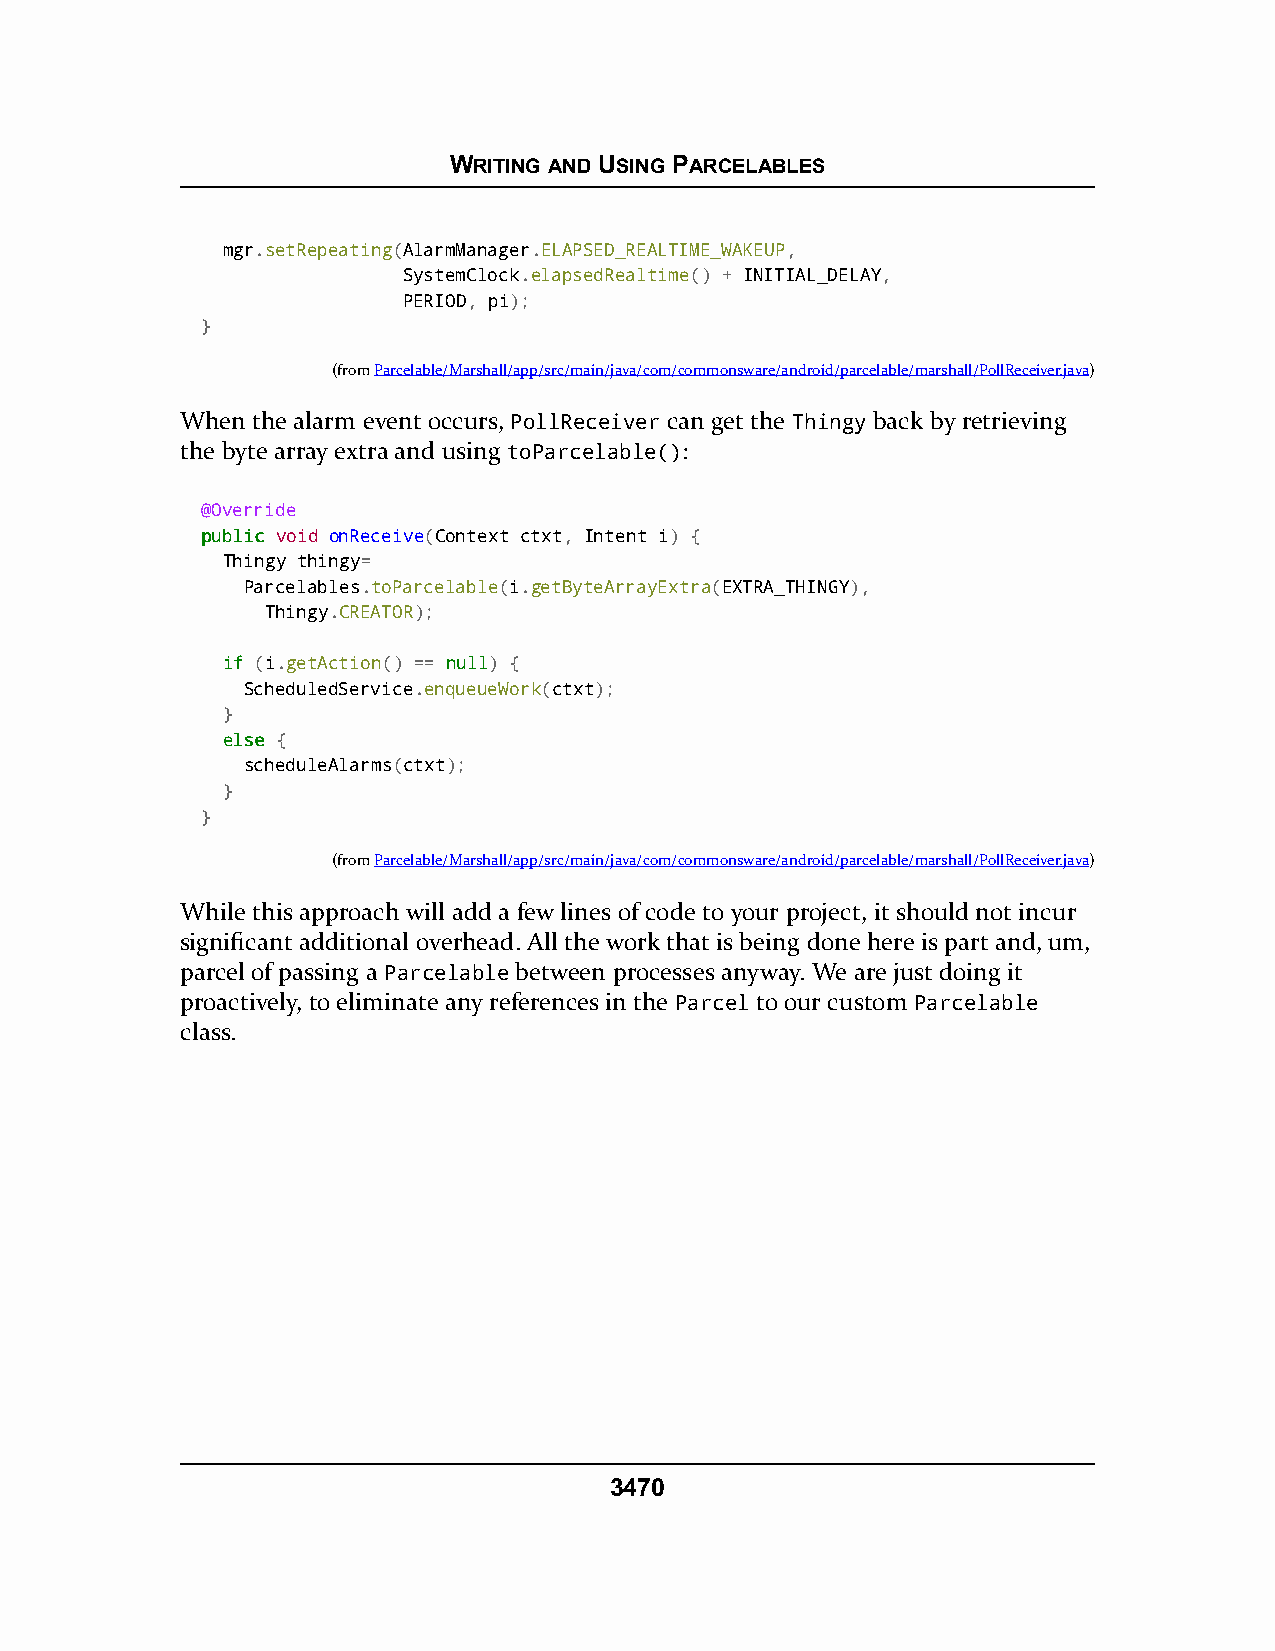
WRITING AND USING PARCELABLES
 mgr.setRepeating(AlarmManager.ELAPSED_REALTIME_WAKEUP,
 SystemClock.elapsedRealtime() + INITIAL_DELAY,
 PERIOD, pi);
 }
 (fromParcelable/Marshall/app/src/main/java/com/commonsware/android/parcelable/marshall/PollReceiver.java)
 When the alarm event occurs, PollReceiver can get the Thingy back by retrieving
 the byte array extra and using toParcelable():
 @Override
 ppuubblliicc void onReceive(Context ctxt, Intent i) {
 Thingy thingy=
 Parcelables.toParcelable(i.getByteArrayExtra(EXTRA_THINGY),
 Thingy.CREATOR);
 iiff (i.getAction() == nnuullll) {
 ScheduledService.enqueueWork(ctxt);
 }
 eellssee {
 scheduleAlarms(ctxt);
 }
 }
 (fromParcelable/Marshall/app/src/main/java/com/commonsware/android/parcelable/marshall/PollReceiver.java)
 While this approach will add a few lines of code to your project, it should not incur
 significant additional overhead. All the work that is being done here is part and, um,
 parcel of passing a Parcelable between processes anyway. We are just doing it
 proactively, to eliminate any references in the Parcel to our custom Parcelable
 class.
 3470